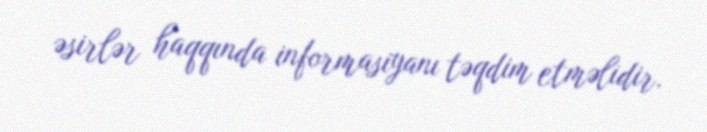
əsirlər haqqında informasiyanı təqdim etməlidir.